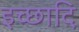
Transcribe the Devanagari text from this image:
इच्छादि